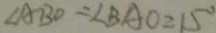
\angle A B O = \angle B A O = 1 5 ^ { \circ }